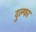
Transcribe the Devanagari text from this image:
दुल्‍फा